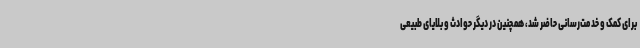
برای کمک و خدمت‌رسانی حاضر شد، همچنین در دیگر حوادث و بلایای طبیعی